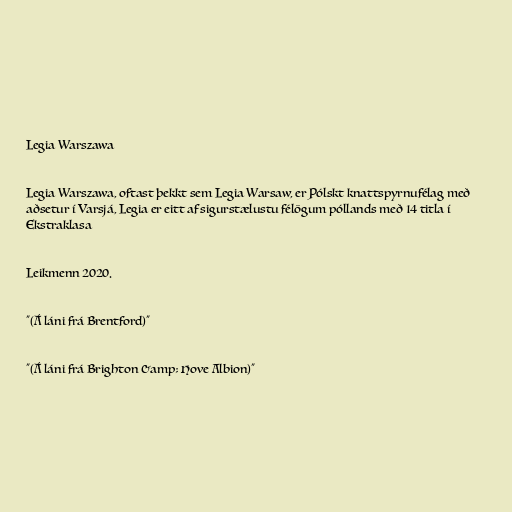
Legia Warszawa

Legia Warszawa, oftast þekkt sem Legia Warsaw, er Pólskt knattspyrnufélag með
aðsetur í Varsjá, Legia er eitt af sigurstælustu félögum póllands með 14 titla í
Ekstraklasa

Leikmenn 2020.

"(Á láni frá Brentford)"

"(Á láni frá Brighton &amp; Hove Albion)"